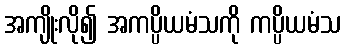
အကျိုးလို၍ အကပ္ပိယမံသကို ကပ္ပိယမံသ